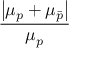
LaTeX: \frac { \left| \mu _ { p } + \mu _ { \bar { p } } \right| } { \mu _ { p } }